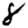
Digit: 8